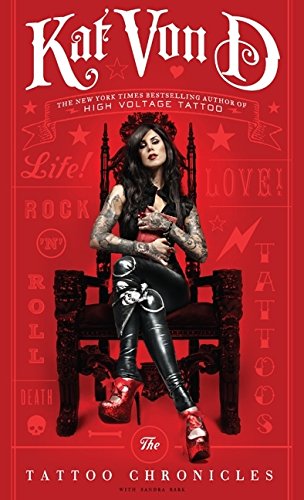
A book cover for The Tattoo Chronicles; Kat Von D; Arts & Photography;